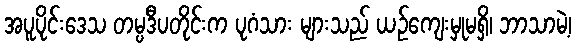
အပူပိုင်းဒေသ တမ္ပဒီပတိုင်းက ပုဂံသား များသည် ယဉ်ကျေးမှုမရှိ၊ ဘာသာမဲ့၊